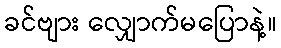
ခင်ဗျား လျှောက်မပြောနဲ့။